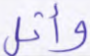
وأثل